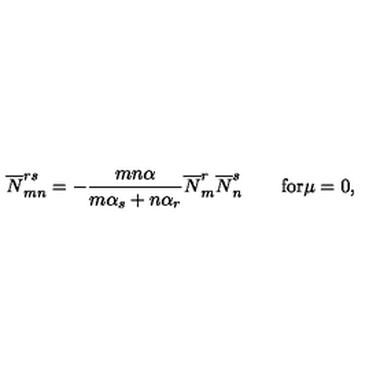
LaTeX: \overline { { N } } _ { m n } ^ { r s } = - \frac { m n \alpha } { m \alpha _ { s } + n \alpha _ { r } } \overline { { N } } _ { m } ^ { r } \overline { { N } } _ { n } ^ { s } \qquad \mathrm { f o r } \mu = 0 ,